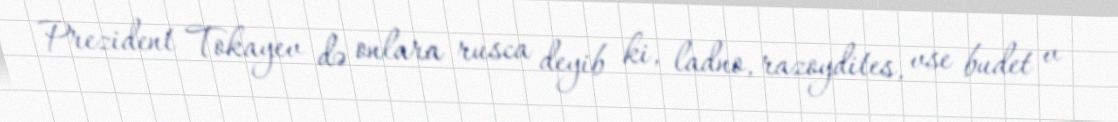
Prezident Tokayev də onlara rusca deyib ki, ladno, razoydites, vse budet v